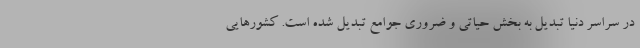
در سراسر دنیا تبدیل به بخش حیاتی و ضروری جوامع تبدیل شده است. کشورهایی